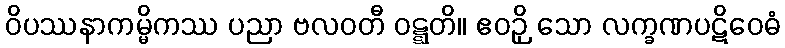
ဝိပဿနာကမ္မိကဿ ပညာ ဗလဝတီ ဝဋ္ဋတိ။ ဧဝဉှိ သော လက္ခဏပဋိဝေဓံ